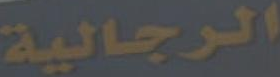
الرجالية